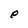
Character: e